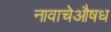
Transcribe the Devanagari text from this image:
नावाचेऔषध